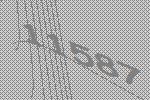
11587